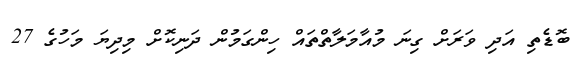
ބޮޑެތި އަދި ވަރަށް ގިނަ މުއާމަލާތްތައް ހިންގަމުން ދަނިކޮށް މިދިޔަ މަހުގެ 27